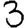
Digit: 3